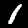
Digit: 1